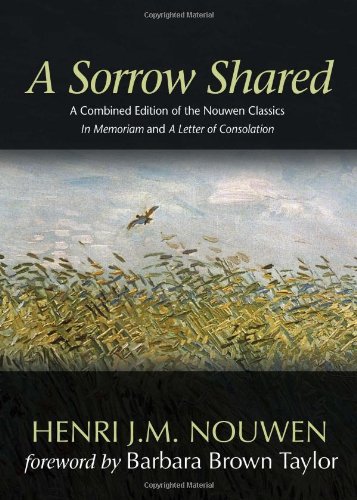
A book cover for A Sorrow Shared: A Combined Edition of the Nouwen Classics "In Memoriam" and "A Letter of Consolation"; Henri J. M. Nouwen; Christian Books & Bibles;